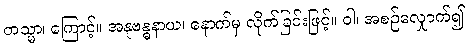
တသ္မာ၊ ကြောင့်။ အနုဗန္ဓနာယ၊ နောက်မှ လိုက်ခြင်းဖြင့်။ ဝါ၊ အစဉ်လျှောက်၍